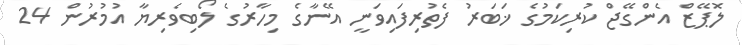
ލޮޕޭޒް އެންގޭޖް ކުރިކަމުގެ ޚަބަރު ފެތުރިފައިވަނީ އޭނާގެ މިހާރުގެ ލޯބިވެރިޔާ އުމުރުން 24